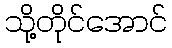
သို့တိုင်အောင်